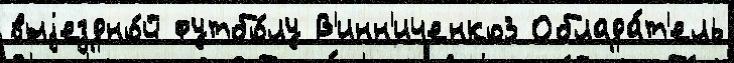
выjездно́й футбо́лу В'инн'иченко3 Облада́т'ель